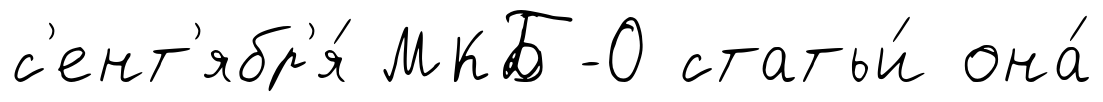
с'ент'ябр'я́ МКБ-О статьи́ она́